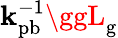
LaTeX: \mathbf{k}_{\mathrm{{pb}}}^{-1}\ggL_{\mathrm{{g}}}